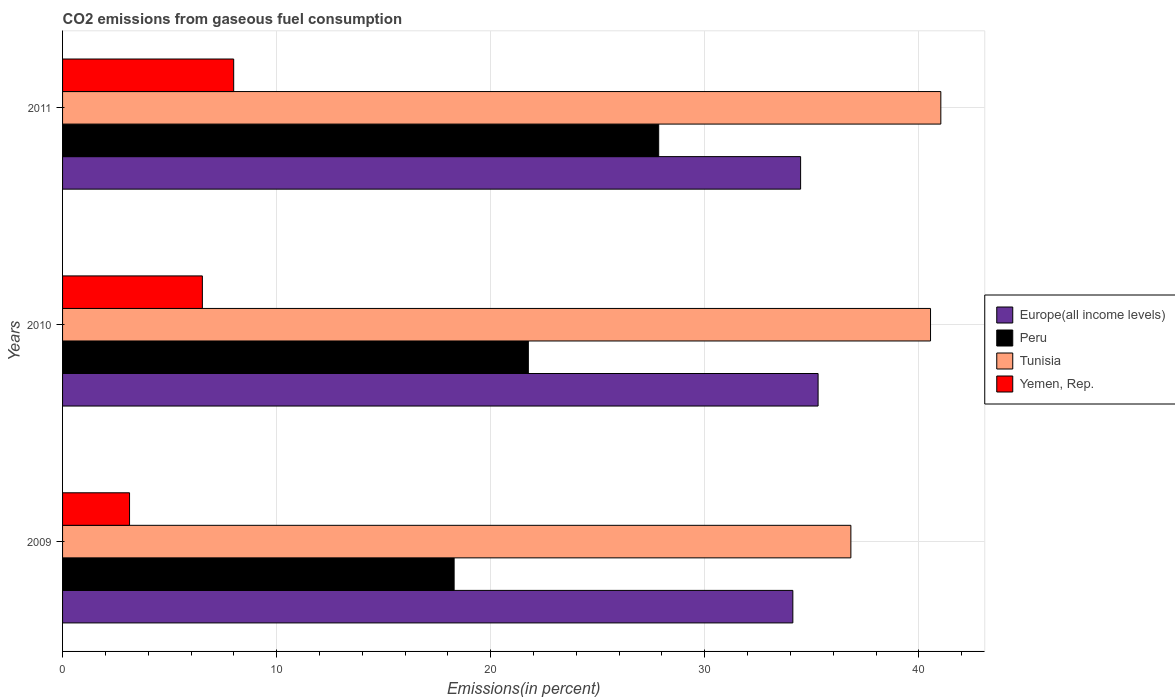
| Years | Europe(all income levels) | Peru | Tunisia | Yemen, Rep. |
 | --- | --- | --- | --- | --- |
 | 2009 | 34.1 | 18.3 | 36.8 | 3.13 |
 | 2010 | 35.3 | 21.8 | 40.5 | 6.53 |
 | 2011 | 34.5 | 27.8 | 41 | 7.99 |